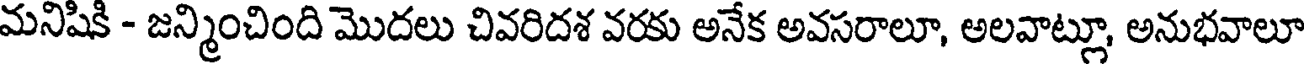
మనిషికి - జన్మించింది మొదలు చివరిదశ వరకు అనేక అవసరాలూ, అలవాట్లూ, అనుభవాలూ